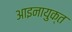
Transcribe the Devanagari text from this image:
आइनायुक्त